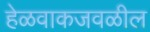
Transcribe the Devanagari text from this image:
हेळवाकजवळील